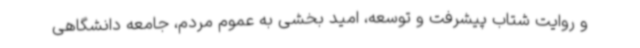
و روایت شتاب پیشرفت و توسعه، امید بخشی به عموم مردم، جامعه دانشگاهی